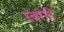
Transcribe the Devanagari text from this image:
स्वानों